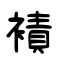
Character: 襀